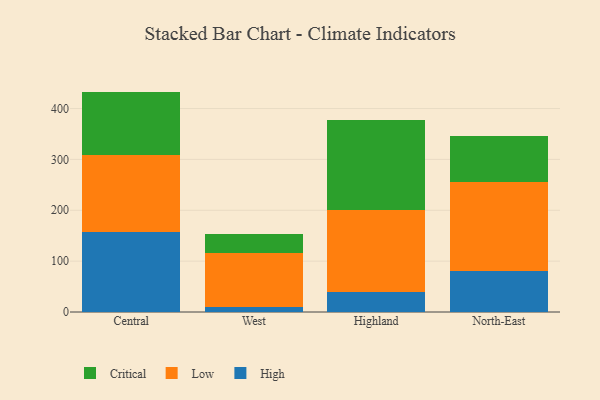
{"axis": {"x": "Region", "y": "Tickets Resolved"}, "legend": ["Critical", "High", "Low"], "data": [{"x": "Central", "y": 157.2, "type": "High"}, {"x": "Central", "y": 152.0, "type": "Low"}, {"x": "Central", "y": 124.1, "type": "Critical"}, {"x": "West", "y": 9.3, "type": "High"}, {"x": "West", "y": 107.6, "type": "Low"}, {"x": "West", "y": 37.1, "type": "Critical"}, {"x": "Highland", "y": 39.8, "type": "High"}, {"x": "Highland", "y": 161.5, "type": "Low"}, {"x": "Highland", "y": 175.5, "type": "Critical"}, {"x": "North-East", "y": 79.7, "type": "High"}, {"x": "North-East", "y": 176.5, "type": "Low"}, {"x": "North-East", "y": 90.2, "type": "Critical"}]}